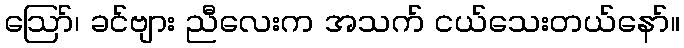
ဪ၊ ခင်ဗျား ညီလေးက အသက် ငယ်သေးတယ်နော်။